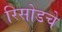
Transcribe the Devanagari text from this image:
रिसोडचे